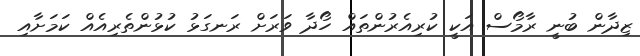
ޒިދާން ބުނީ ރާމޯސް އަކީ ކުރިއެރުންތައް ހޯދާ ވަރަށް ރަނގަޅު ކުޅުންތެރިއެއް ކަމަށާއި